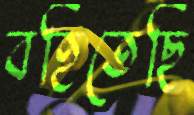
বহিতেছি